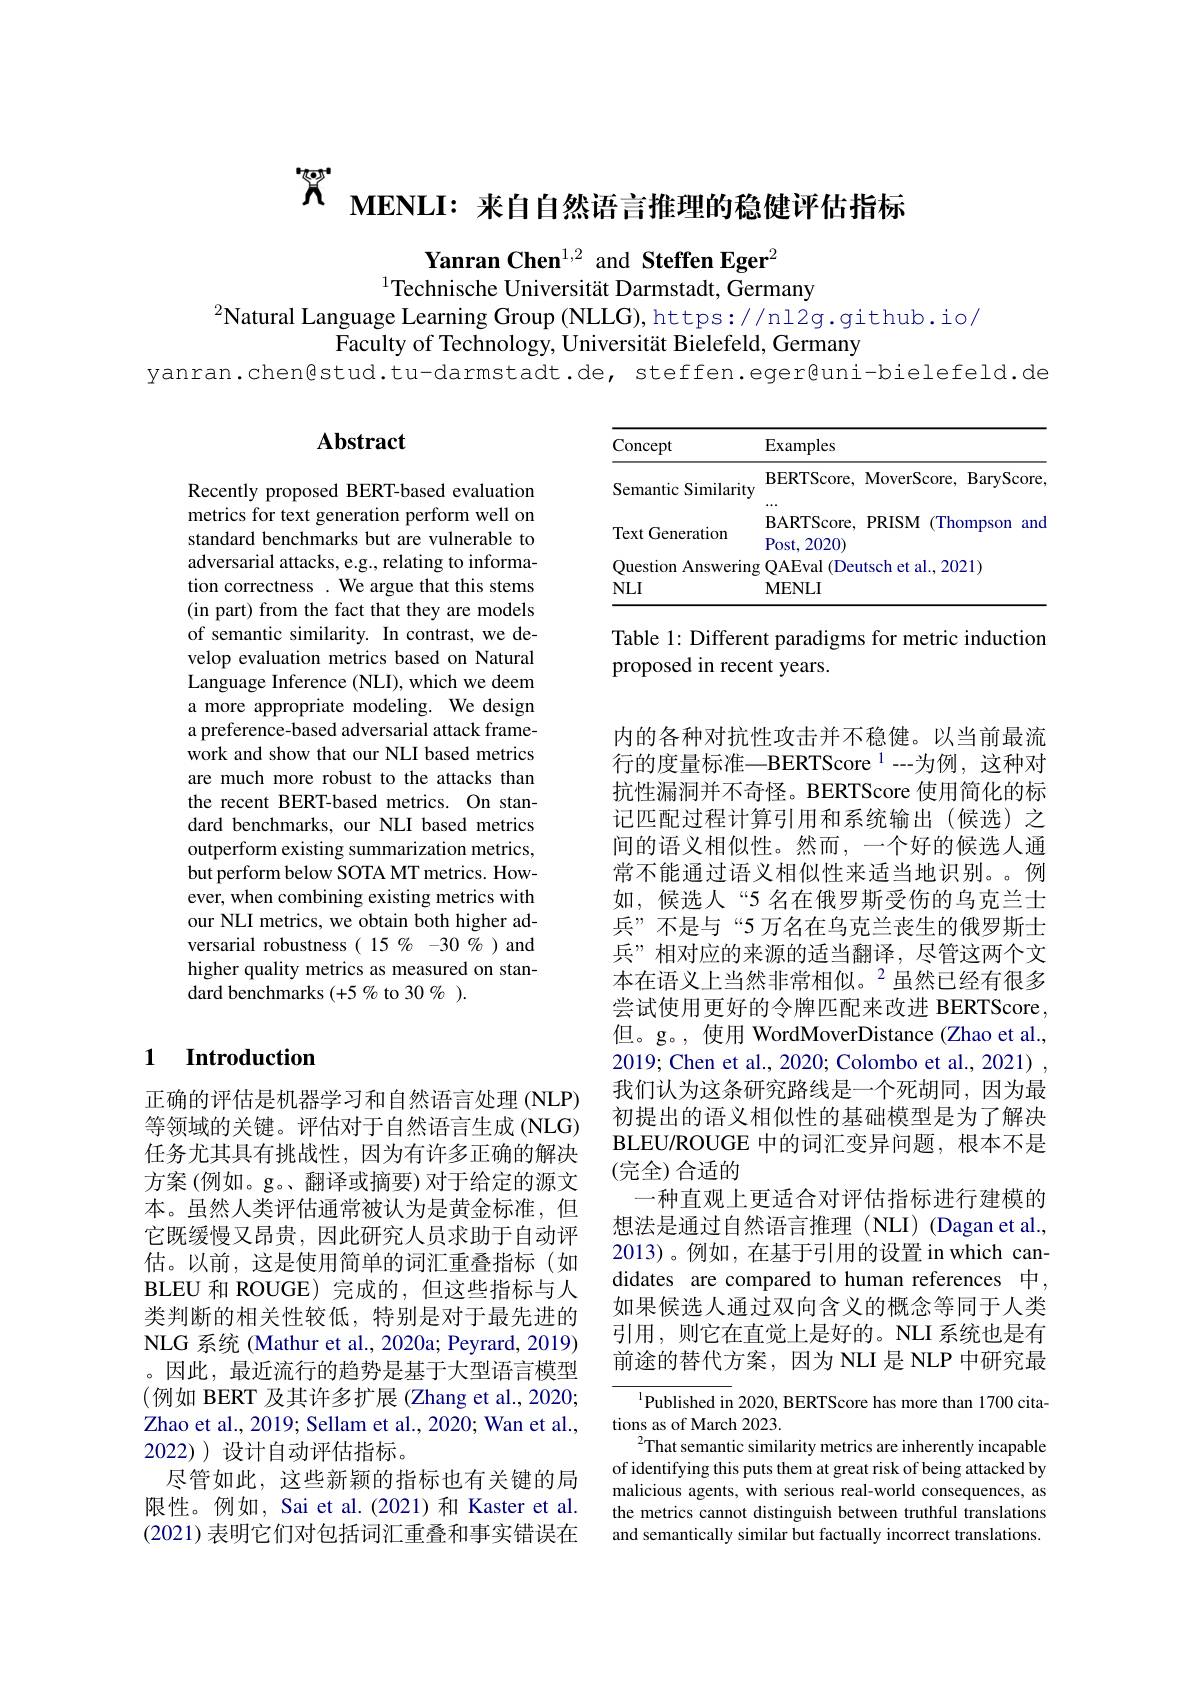
$\hat{X}$ MENLI:来自自然语言推理的稳健评估指标

Yanran Chen$^{1,2}$ and Steffen Eger$^2$
$^{1}$Technische Universität Darmstadt, Germany

$^{2}$Natural Language Learning Group (NLLG), https://nl2g. github.io/
Faculty of Technology, Universität Bielefeld, Germany
yanran.chen@stud.tu-darmstadt.de, steffen.eger@uni-bielefeld.de

# Abstract

<table>
	<tbody>
		<tr>
			<th>Concept</th>
			<th>$\operatorname{Examples}$</th>
			<th>S</th>
		</tr>
		<tr>
			<td>Semantic Similarity</td>
			<td>BERTScore,</td>
			<td>ore, MoverScore, BaryScore</td>
		</tr>
		<tr>
			<td>Text Generation</td>
			<td>$\mathbf{BARTScore}$ 10 $7f$</td>
			<td>ore, PRISM (Thompson and</td>
		</tr>
		<tr>
			<td>Ouestion $\textbf{Answerin}$</td>
			<td>一 1 - OAEval (Det</td>
			<td>Deutsch et al., 2021)</td>
		</tr>
		<tr>
			<td>$NLI$</td>
			<td>$\mathbf{MENLI}$</td>
			<td> </td>
		</tr>
	</tbody>
</table>

Table 1: Different paradigms for metric induction
proposed in recent years.

Recently proposed BERT-based evaluation metrics for text generation perform well on standard benchmarks but are vulnerable to adversarial attacks, e.g., relating to information correctness . We argue that this stems (in part) from the fact that they are models of semantic similarity. In contrast, we develop evaluation metrics based on Natural Language Inference (NLI), which we deem a more appropriate modeling. We design a preference-based adversarial attack framework and show that our NLI based metrics are much more robust to the attacks than the recent BERT-based metrics. On standard benchmarks, our NLI based metrics outperform existing summarization metrics, but perform below SOTA MT metrics. However, when combining existing metrics with our NLI metrics, we obtain both higher adversarial robustness( 15 % -30 % ) and higher quality metrics as measured on standard benchmarks (+5 % to 30 % ).

内的各种对抗性攻击并不稳健。以当前最流行的度量标准—BERTScore $^1--$为例，这种对抗性漏洞并不奇怪。BERTScore 使用简化的标记匹配过程计算引用和系统输出(候选)之间的语义相似性。然而，一个好的候选人通常不能通过语义相似性来适当地识别。。例如，候选人“5 名在俄罗斯受伤的乌克兰士兵”不是与“5 万名在乌克兰丧生的俄罗斯士兵”相对应的来源的适当翻译，尽管这两个文本在语义上当然非常相似。$^{2}$虽然已经有很多尝试使用更好的令牌匹配来改进 BERTScore, 但。g。, 使用 WordMoverDistance (Zhao et al., 2019; Chen et al., 2020; Colombo et al., 2021) , 我们认为这条研究路线是一个死胡同，因为最初提出的语义相似性的基础模型是为了解决BLEU/ ROUGE 中的词汇变异问题，根本不是(完全)合适的
一种直观上更适合对评估指标进行建模的想法是通过自然语言推理(NLI)(Dagan et al., 2013)。例如，在基于引用的设置 in which candidates are compared to human references 中， 如果候选人通过双向含义的概念等同于人类引用，则它在直觉上是好的。NLI 系统也是有前途的替代方案，因为 NLI 是 NLP 中研究最

## 1 Introduction

正确的评估是机器学习和自然语言处理 (NLP) 等领域的关键。评估对于自然语言生成 (NLG) 任务尤其具有挑战性，因为有许多正确的解决方案 (例如。g。、翻译或摘要)对于给定的源文本。虽然人类评估通常被认为是黄金标准，但它既缓慢又昂贵，因此研究人员求助于自动评估。以前，这是使用简单的词汇重叠指标(如BLEU 和 ROUGE) 完成的，但这些指标与人类判断的相关性较低，特别是对于最先进的NLG 系统 (Mathur et al., 2020a; Peyrard, 2019) 。因此，最近流行的趋势是基于大型语言模型(例如 BERT 及其许多扩展 (Zhang et al., 2020; Zhao et al., 2019; Sellam et al., 2020; Wan et al., 2022))设计自动评估指标。
尽管如此，这些新颖的指标也有关键的局限性。例如，Sai et al.(2021)和 Kaster et al. (2021)表明它们对包括词汇重叠和事实错误在

$^{1}$Published in 2020, BERTScore has more than 1700 cita-
tions as of March 2023
$^{2}$That semantic similarity metrics are inherently incapable of identifying this puts them at great risk of being attacked by malicious agents, with serious real-world consequences, as the metrics cannot distinguish between truthful translations and semantically similar but factually incorrect translations.